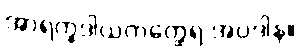
အာရက္ခဒါယကတ္ထေရ အပဒါန။